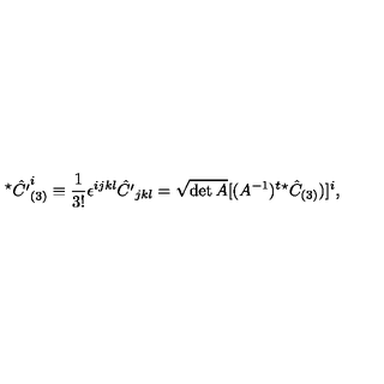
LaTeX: ^ \star \hat { C ^ { \prime } } _ { ( 3 ) } ^ { i } \equiv \frac { 1 } { 3 ! } \epsilon ^ { i j k l } \hat { C ^ { \prime } } _ { j k l } = \sqrt { \det A } [ ( A ^ { - 1 } ) ^ { t } ^ { \star } \hat { C } _ { ( 3 ) } ) ] ^ { i } ,